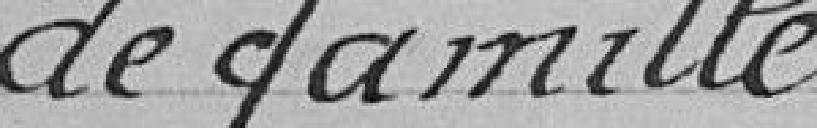
de famille